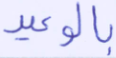
بالوعيد